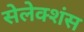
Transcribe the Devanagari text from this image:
सेलेक्शंस